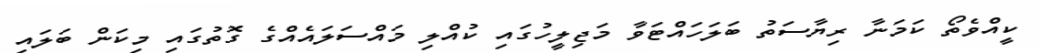
ކީއްވެތޯ ކަމަނާ ރިޔާސަތު ބަލަހައްޓަވާ މަޖިލީހުގައި ކުއްލި މައްސަލައެއްގެ ގޮތުގައި މިކަން ބަލައި